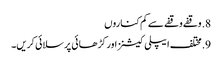
8. وقفے وقفے سے کم کناروں
9. مختلف ایپلی کیشنز اور کڑھائی پر سلائی کریں۔